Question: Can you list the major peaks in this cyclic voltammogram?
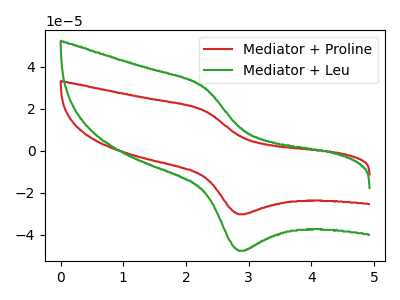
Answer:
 <answer>The red curve "Mediator + Proline" has an anodic peak at (2.30V, 19.15uA) and a cathodic peak at (2.85V, -30.25uA). The green curve "Mediator + Leu" has an anodic peak at (2.30V, 30.15uA) and a cathodic peak at (2.85V, -47.65uA).</answer>
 <eval></eval>